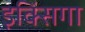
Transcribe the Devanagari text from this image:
इक्सिंगा